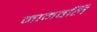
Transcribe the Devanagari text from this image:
नामवलि